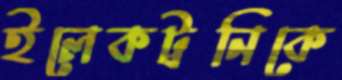
ইলেকট্রনিকে